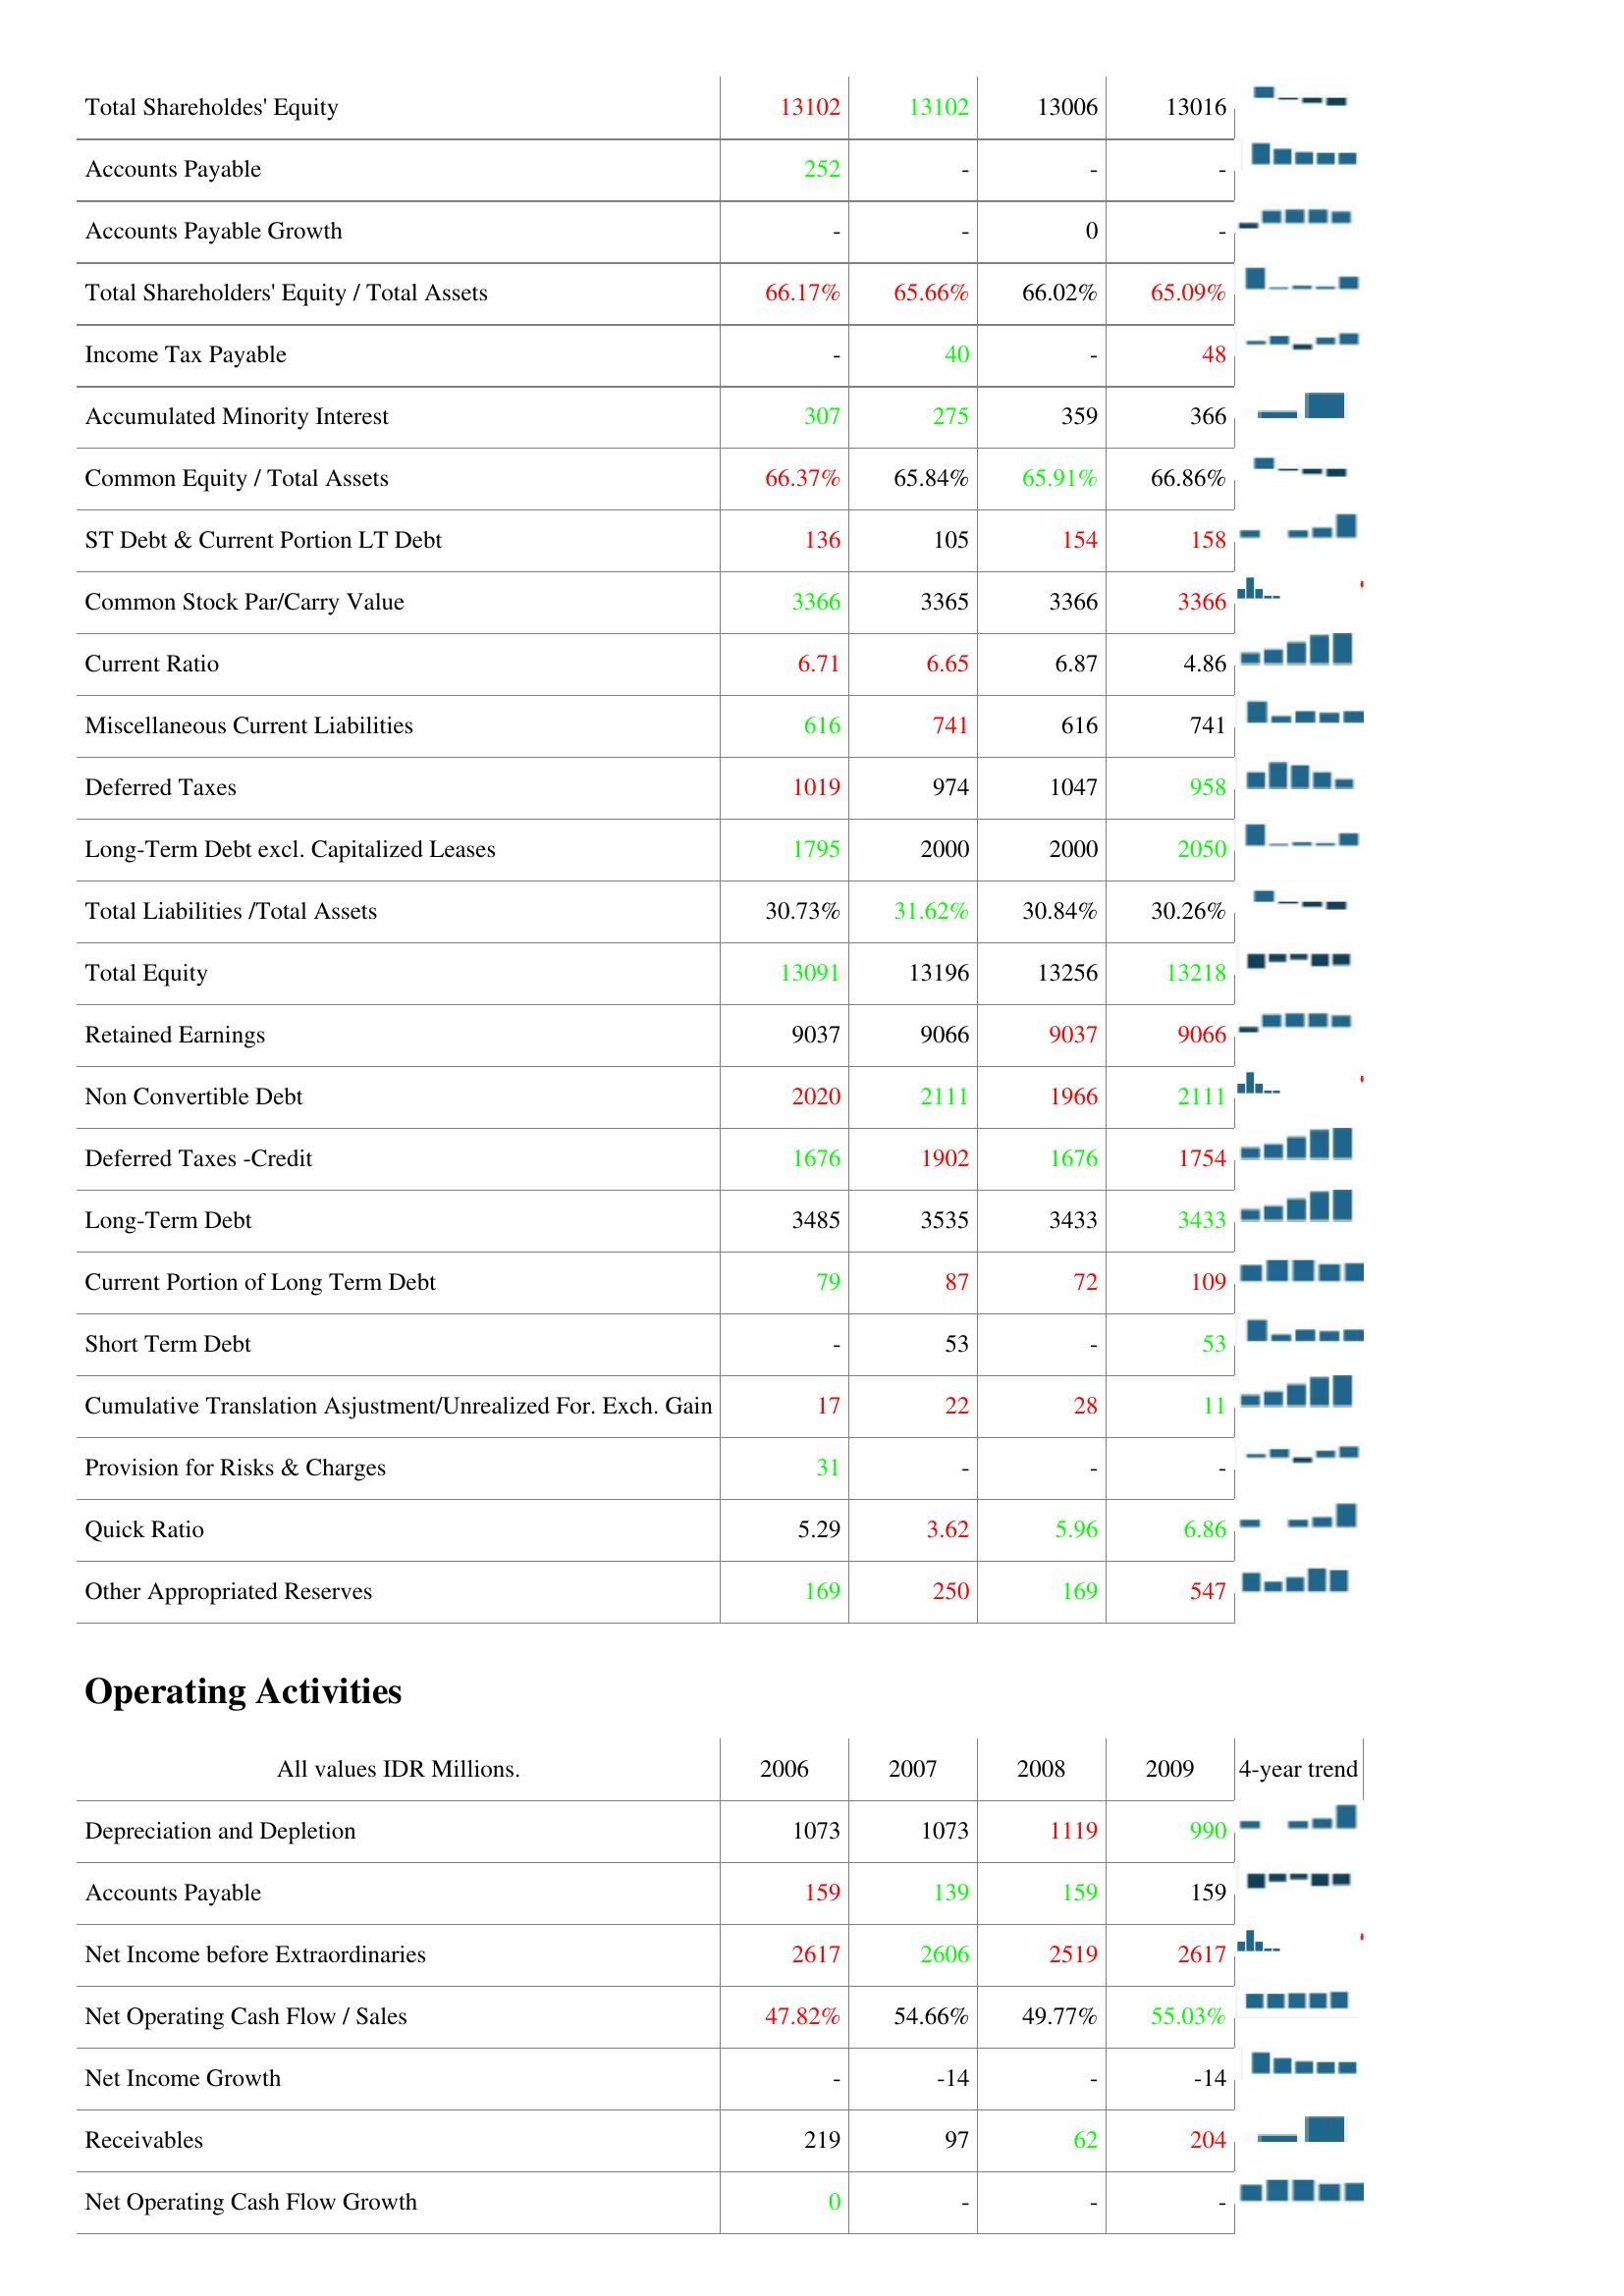
2006: Liabilities & Shareholder's Equity: Total Shareholdes' Equity: 13102
Accounts Payable: 252
Accounts Payable Growth: -
Total Shareholders' Equity / Total Assets: 66.17%
Income Tax Payable: -
Accumulated Minority Interest: 307
Common Equity / Total Assets: 66.37%
ST Debt & Current Portion LT Debt: 136
Common Stock Par/Carry Value: 3366
Current Ratio: 6.71
Miscellaneous Current Liabilities: 616
Deferred Taxes: 1019
Long-Term Debt excl. Capitalized Leases: 1795
Total Liabilities /Total Assets: 30.73%
Total Equity: 13091
Retained Earnings: 9037
Non Convertible Debt: 2020
Deferred Taxes -Credit: 1676
Long-Term Debt: 3485
Current Portion of Long Term Debt: 79
Short Term Debt: -
Cumulative Translation Asjustment/Unrealized For. Exch. Gain: 17
Provision for Risks & Charges: 31
Quick Ratio: 5.29
Other Appropriated Reserves: 169
Operating Activities: Depreciation and Depletion: 1073
Accounts Payable: 159
Net Income before Extraordinaries: 2617
Net Operating Cash Flow / Sales: 47.82%
Net Income Growth: -
Receivables: 219
Net Operating Cash Flow Growth: 0
2007: Liabilities & Shareholder's Equity: Total Shareholdes' Equity: 13102
Accounts Payable: -
Accounts Payable Growth: -
Total Shareholders' Equity / Total Assets: 65.66%
Income Tax Payable: 40
Accumulated Minority Interest: 275
Common Equity / Total Assets: 65.84%
ST Debt & Current Portion LT Debt: 105
Common Stock Par/Carry Value: 3365
Current Ratio: 6.65
Miscellaneous Current Liabilities: 741
Deferred Taxes: 974
Long-Term Debt excl. Capitalized Leases: 2000
Total Liabilities /Total Assets: 31.62%
Total Equity: 13196
Retained Earnings: 9066
Non Convertible Debt: 2111
Deferred Taxes -Credit: 1902
Long-Term Debt: 3535
Current Portion of Long Term Debt: 87
Short Term Debt: 53
Cumulative Translation Asjustment/Unrealized For. Exch. Gain: 22
Provision for Risks & Charges: -
Quick Ratio: 3.62
Other Appropriated Reserves: 250
Operating Activities: Depreciation and Depletion: 1073
Accounts Payable: 139
Net Income before Extraordinaries: 2606
Net Operating Cash Flow / Sales: 54.66%
Net Income Growth: -14
Receivables: 97
Net Operating Cash Flow Growth: -
2008: Liabilities & Shareholder's Equity: Total Shareholdes' Equity: 13006
Accounts Payable: -
Accounts Payable Growth: 0
Total Shareholders' Equity / Total Assets: 66.02%
Income Tax Payable: -
Accumulated Minority Interest: 359
Common Equity / Total Assets: 65.91%
ST Debt & Current Portion LT Debt: 154
Common Stock Par/Carry Value: 3366
Current Ratio: 6.87
Miscellaneous Current Liabilities: 616
Deferred Taxes: 1047
Long-Term Debt excl. Capitalized Leases: 2000
Total Liabilities /Total Assets: 30.84%
Total Equity: 13256
Retained Earnings: 9037
Non Convertible Debt: 1966
Deferred Taxes -Credit: 1676
Long-Term Debt: 3433
Current Portion of Long Term Debt: 72
Short Term Debt: -
Cumulative Translation Asjustment/Unrealized For. Exch. Gain: 28
Provision for Risks & Charges: -
Quick Ratio: 5.96
Other Appropriated Reserves: 169
Operating Activities: Depreciation and Depletion: 1119
Accounts Payable: 159
Net Income before Extraordinaries: 2519
Net Operating Cash Flow / Sales: 49.77%
Net Income Growth: -
Receivables: 62
Net Operating Cash Flow Growth: -
2009: Liabilities & Shareholder's Equity: Total Shareholdes' Equity: 13016
Accounts Payable: -
Accounts Payable Growth: -
Total Shareholders' Equity / Total Assets: 65.09%
Income Tax Payable: 48
Accumulated Minority Interest: 366
Common Equity / Total Assets: 66.86%
ST Debt & Current Portion LT Debt: 158
Common Stock Par/Carry Value: 3366
Current Ratio: 4.86
Miscellaneous Current Liabilities: 741
Deferred Taxes: 958
Long-Term Debt excl. Capitalized Leases: 2050
Total Liabilities /Total Assets: 30.26%
Total Equity: 13218
Retained Earnings: 9066
Non Convertible Debt: 2111
Deferred Taxes -Credit: 1754
Long-Term Debt: 3433
Current Portion of Long Term Debt: 109
Short Term Debt: 53
Cumulative Translation Asjustment/Unrealized For. Exch. Gain: 11
Provision for Risks & Charges: -
Quick Ratio: 6.86
Other Appropriated Reserves: 547
Operating Activities: Depreciation and Depletion: 990
Accounts Payable: 159
Net Income before Extraordinaries: 2617
Net Operating Cash Flow / Sales: 55.03%
Net Income Growth: -14
Receivables: 204
Net Operating Cash Flow Growth: -